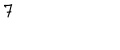
LaTeX: 7